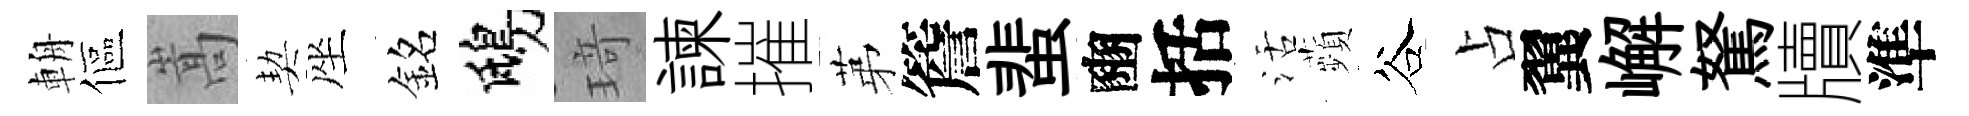
輈傴嵩契座銘鴟𤦺諫摧苐簷蜚豳括活蘋谷占翼嶰駑牘準